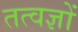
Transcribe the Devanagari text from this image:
तत्वज्ञों